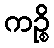
ကဉ္စိ